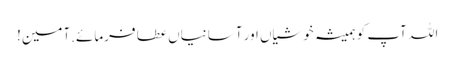
اللہ آپ کو ہمیشہ خوشیاں اور آسانیاں عطا فرمائے.آمین!